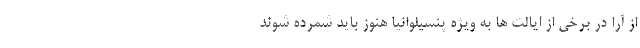
از آرا در برخی از ایالت ها به ویژه پنسیلوانیا هنوز باید شمرده شوند